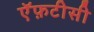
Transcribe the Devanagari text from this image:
ऍफ़टीसी